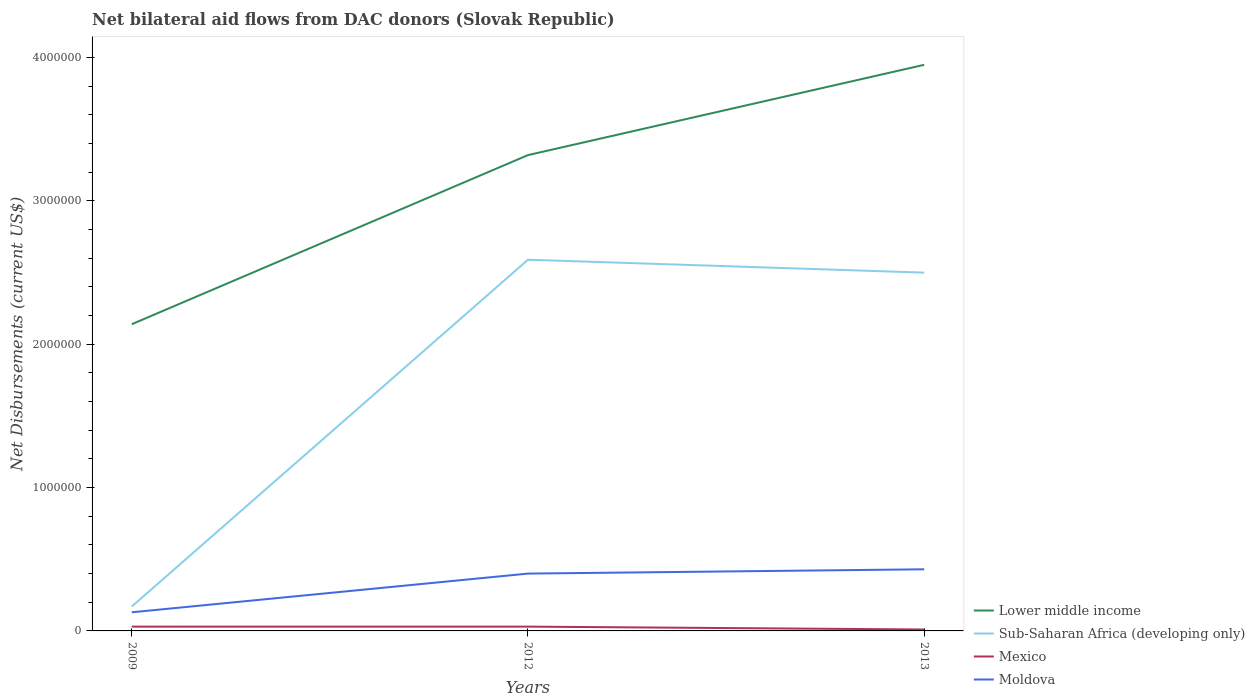
| Years | Lower middle income | Sub-Saharan Africa (developing only) | Mexico | Moldova |
 | --- | --- | --- | --- | --- |
 | 2009 | 2.14e+06 | 1.7e+05 | 3e+04 | 1.3e+05 |
 | 2012 | 3.32e+06 | 2.59e+06 | 3e+04 | 4e+05 |
 | 2013 | 3.95e+06 | 2.5e+06 | 1e+04 | 4.3e+05 |